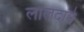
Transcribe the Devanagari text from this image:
लालदाने